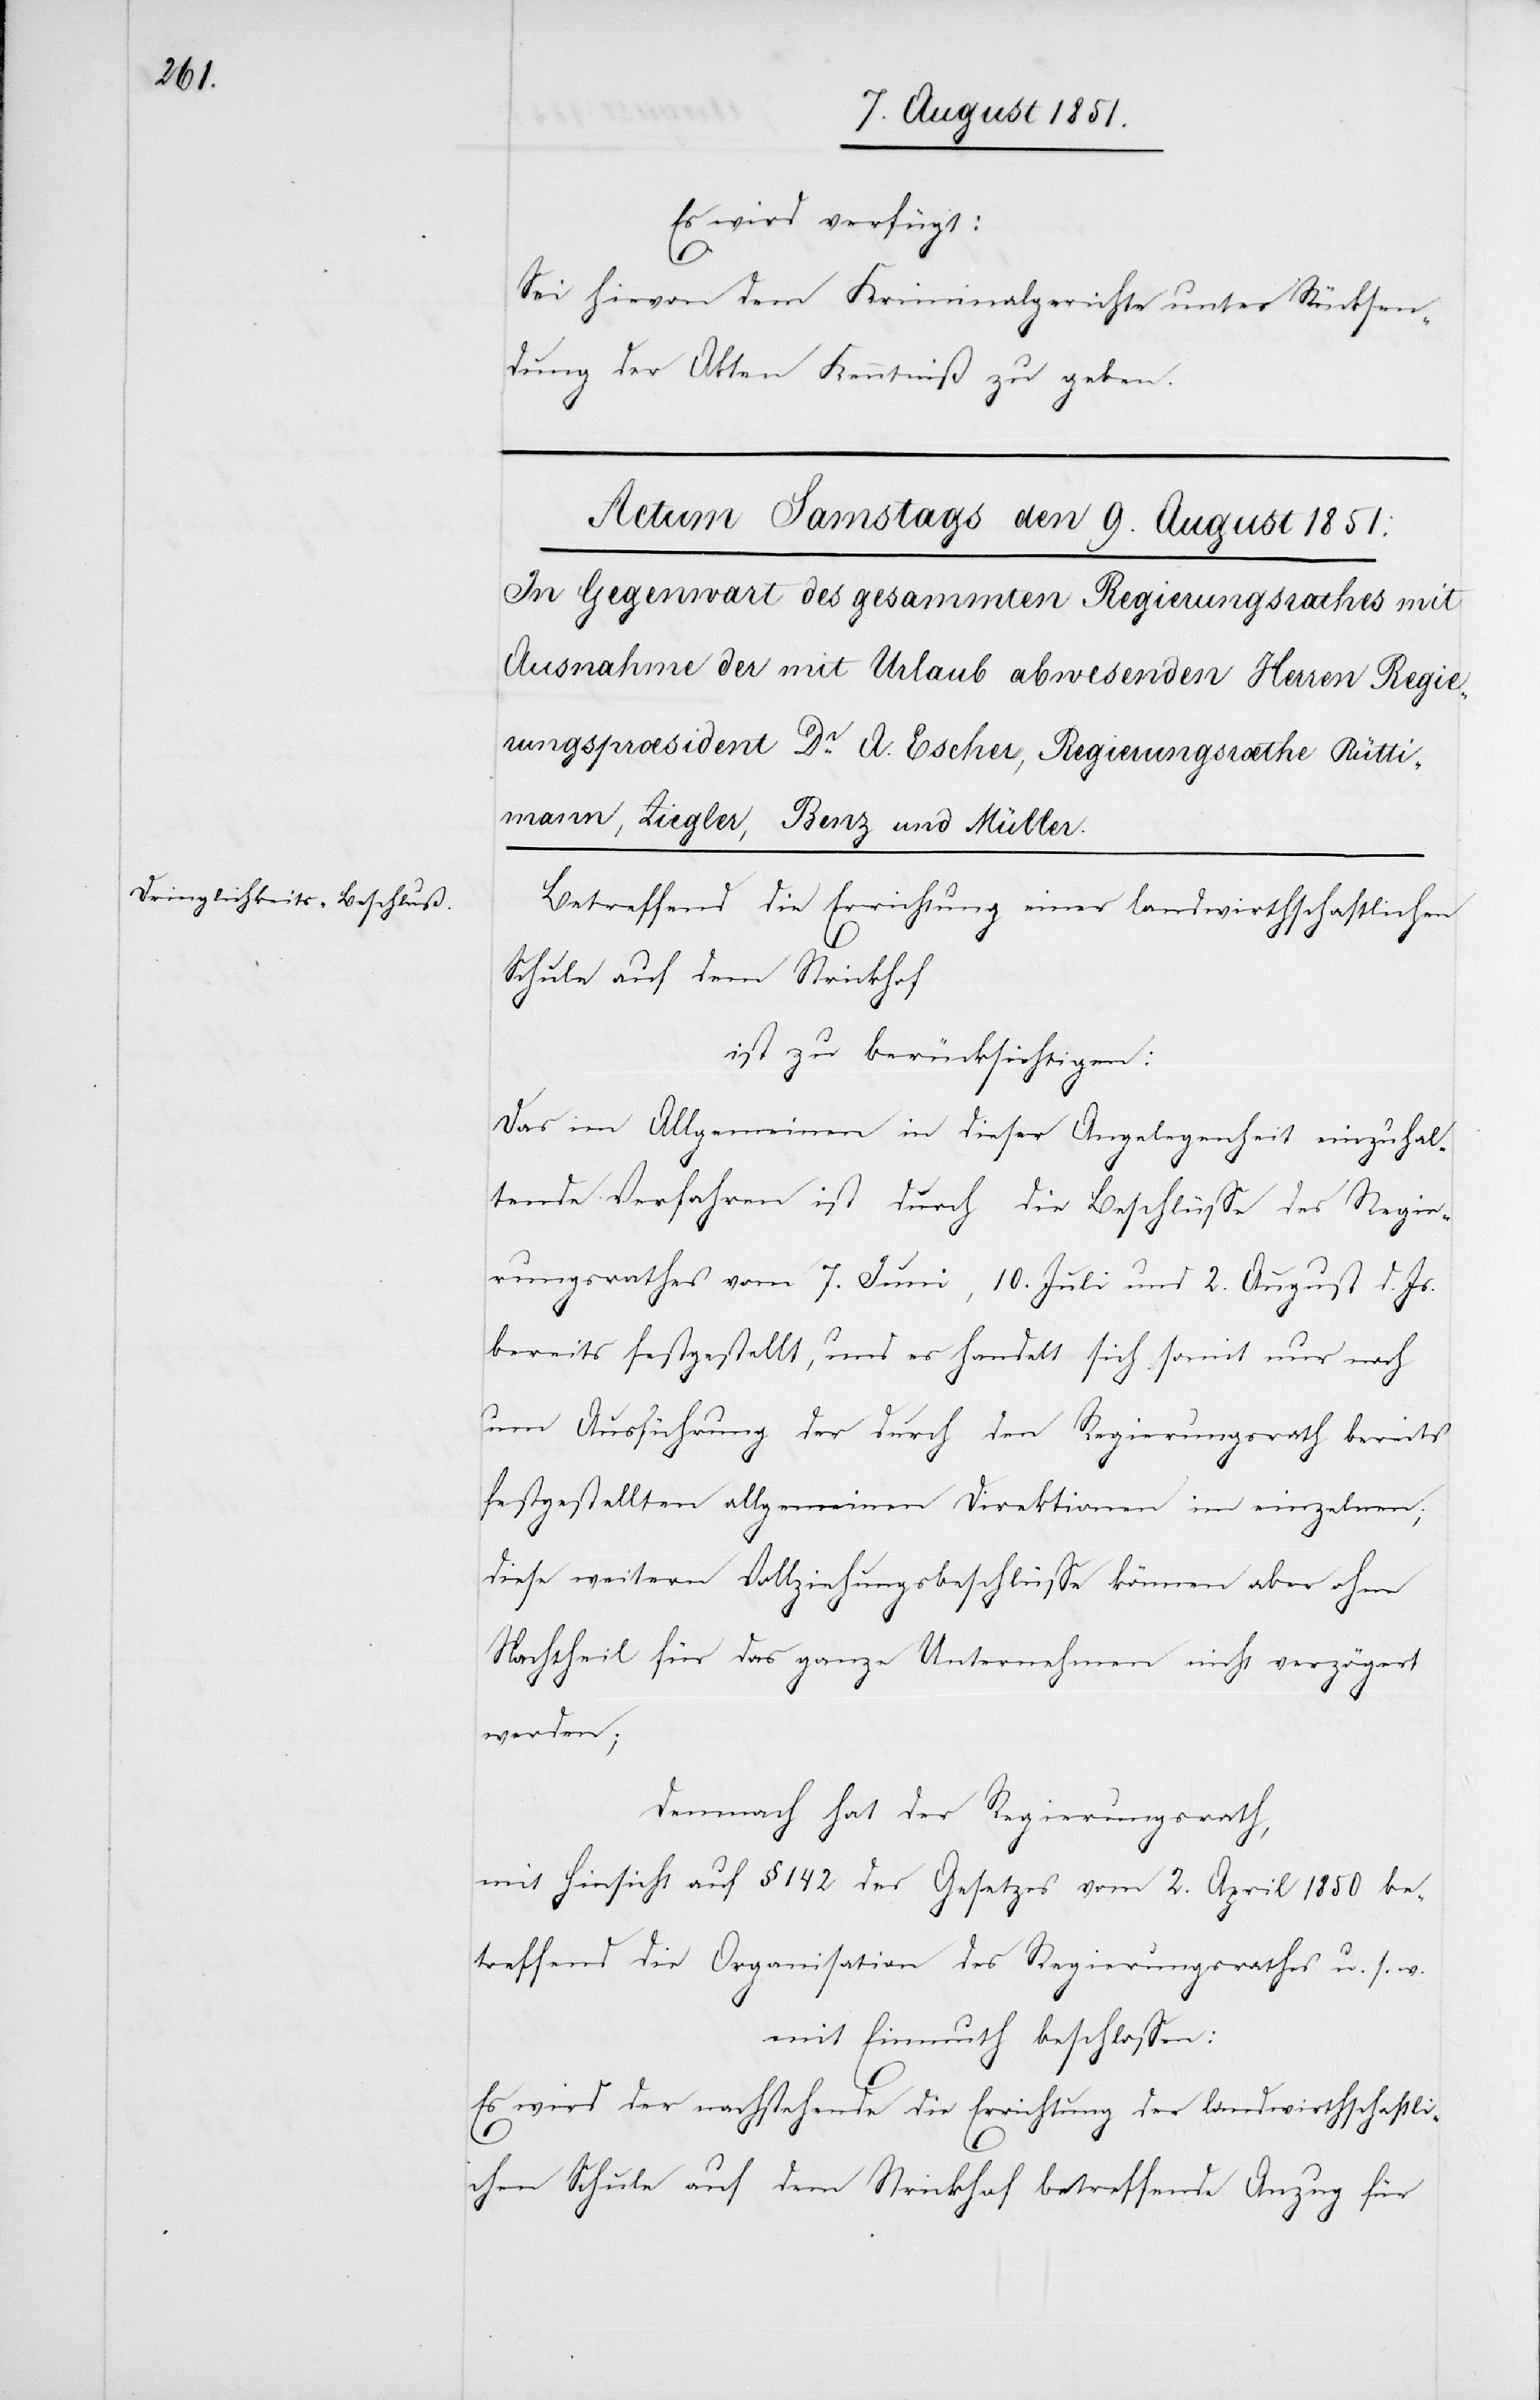
Es wird verfügt:
Sei hievon dem Kriminalgerichte unter Rücksen¬
dung der Akten Kenntniß zu geben.
Betreffend die Errichtung einer landwirthschaftlichen
Schule auf dem Strickhof
ist zu berücksichtigen:
Das im Allgemeinen in dieser Angelegenheit einzuhal¬
tende Verfahren ist durch die Beschlüsse des Regie¬
rungsrathes vom 7. Juni, 10. Juli und 2. August d. Js.
bereits festgestellt, und es handelt sich somit nur noch
um Ausführung der durch den Regierungsrath bereits
festgestellten allgemeinen Direktionen im einzelnen;
diese weitern Vollziehungsbeschlüsse können aber ohne
Nachtheil für das ganze Unternehmen nicht verzögert
werden;
Demnach hat der Regierungsrath,
mit Hinsicht auf § 142 des Gesetzes vom 2. April 1850 be¬
treffend die Organisation des Regierungsrathes u. s. w.
mit Einmuth beschlossen:
Es wird der nachstehende die Errichtung der landwirthschaftli¬
chen Schule auf dem Strickhof betreffende Anzug für